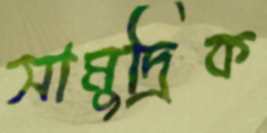
সামুদ্রিক